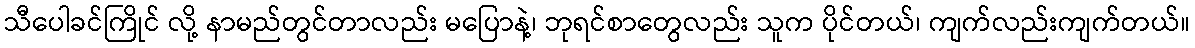
သီပေါခင်ကြိုင် လို့ နာမည်တွင်တာလည်း မပြောနဲ့၊ ဘုရင်စာတွေလည်း သူက ပိုင်တယ်၊ ကျက်လည်းကျက်တယ်။